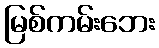
မြစ်ကမ်းဘေး